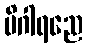
မိဂါရညေ